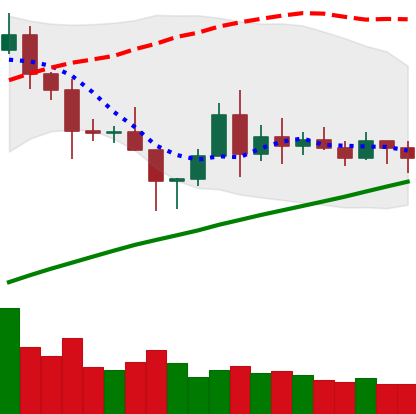
Ticker: BNB-USD
Chart end date: 2020-11-15
Forward return: 4.601%
Label: up_3_5